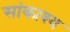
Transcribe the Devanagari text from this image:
सांकाश्य